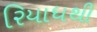
રિયાધથી